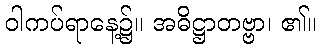
ဝါကပ်ရာနေ့၌။ အဓိဋ္ဌာတဗ္ဗာ၊ ၏။